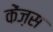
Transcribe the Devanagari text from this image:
केंज़स